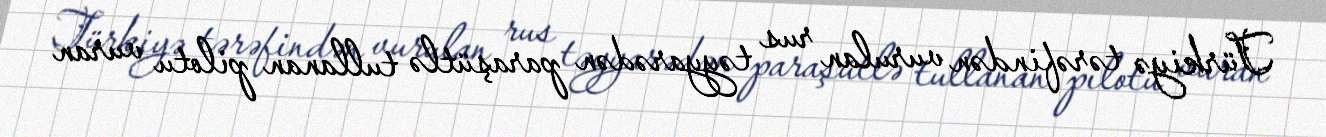
Türkiyə tərəfindən vurulan rus təyyarədən paraşütlə tullanan pilotu vuran